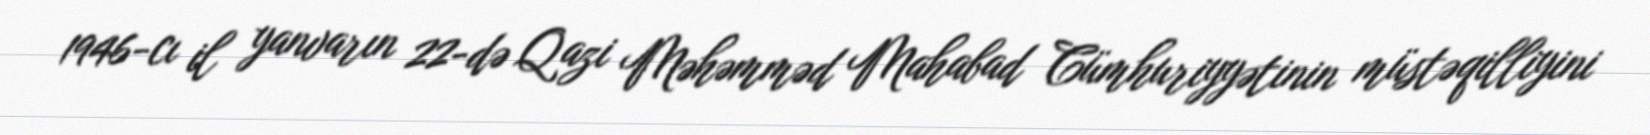
1946-cı il yanvarın 22-də Qazi Məhəmməd Mahabad Cümhuriyyətinin müstəqilliyini